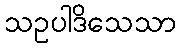
သဥပါဒိသေသာ